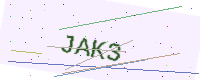
Text: JAK3